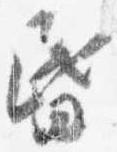
昏